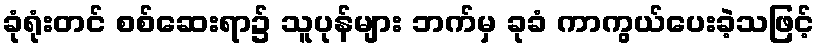
ခုံရုံးတင် စစ်ဆေးရာ၌ သူပုန်များ ဘက်မှ ခုခံ ကာကွယ်ပေးခဲ့သဖြင့်